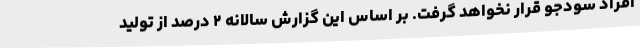
افراد سودجو قرار نخواهد گرفت. بر اساس این گزارش سالانه ۲ درصد از تولید